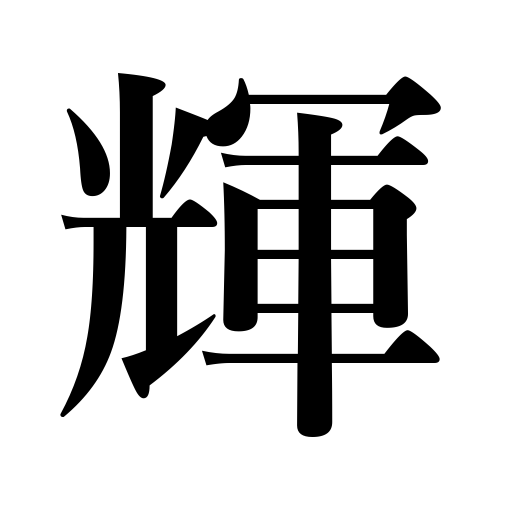
Meanings: bright,twinkle,shine,radiant,gleam,sparkle,brilliant